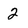
Character: 2